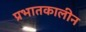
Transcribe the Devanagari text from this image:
प्रभातकालीन